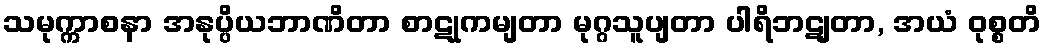
သမုက္ကာစနာ အနုပ္ပိယဘာဏိတာ စာဋုကမျတာ မုဂ္ဂသူပျတာ ပါရိဘဋျတာ, အယံ ဝုစ္စတိ